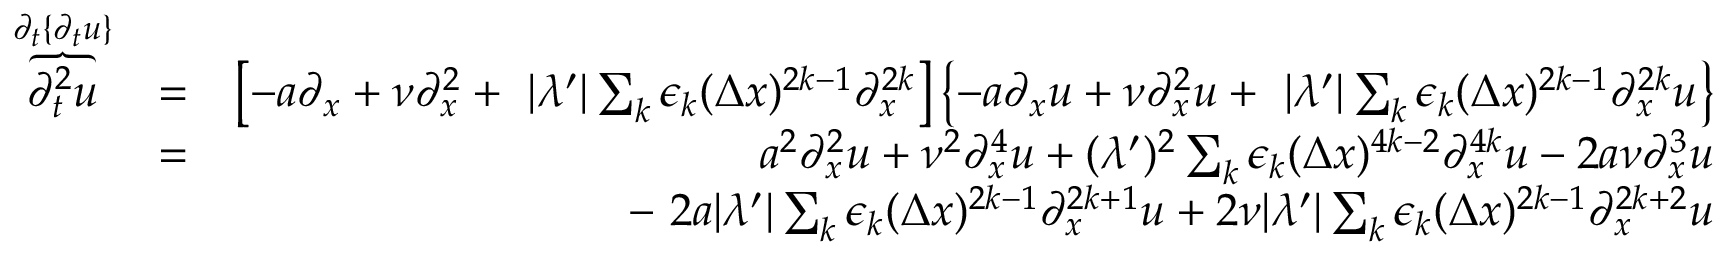
\begin{array} { r l r } { \overbrace { \partial _ { t } ^ { 2 } u } ^ { \partial _ { t } \{ \partial _ { t } u \} } } & { = } & { \left[ - a \partial _ { x } + \nu \partial _ { x } ^ { 2 } + \ | \lambda ^ { \prime } | \sum _ { k } \epsilon _ { k } ( \Delta x ) ^ { 2 k - 1 } \partial _ { x } ^ { 2 k } \right] \left\{ - a \partial _ { x } u + \nu \partial _ { x } ^ { 2 } u + \ | \lambda ^ { \prime } | \sum _ { k } \epsilon _ { k } ( \Delta x ) ^ { 2 k - 1 } \partial _ { x } ^ { 2 k } u \right\} } \\ & { = } & { a ^ { 2 } \partial _ { x } ^ { 2 } u + \nu ^ { 2 } \partial _ { x } ^ { 4 } u + ( \lambda ^ { \prime } ) ^ { 2 } \sum _ { k } \epsilon _ { k } ( \Delta x ) ^ { 4 k - 2 } \partial _ { x } ^ { 4 k } u - 2 a \nu \partial _ { x } ^ { 3 } u } \\ & { } & { - \ 2 a | \lambda ^ { \prime } | \sum _ { k } \epsilon _ { k } ( \Delta x ) ^ { 2 k - 1 } \partial _ { x } ^ { 2 k + 1 } u + 2 \nu | \lambda ^ { \prime } | \sum _ { k } \epsilon _ { k } ( \Delta x ) ^ { 2 k - 1 } \partial _ { x } ^ { 2 k + 2 } u } \end{array}